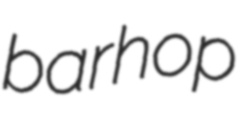
barhop